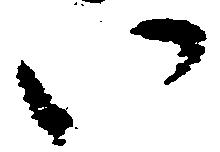
い